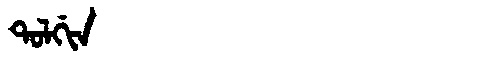
Manchu: ᡨᠣᠯᡤᡳᠨ
Romanization: TOLGIN